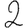
Digit: 2